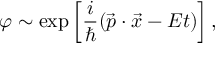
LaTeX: \varphi \sim \exp \left[ \frac { i } { \hbar } ( \vec { p } \cdot \vec { x } - E t ) \right] ,